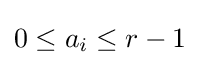
0\leq a_{i}\leq r-1